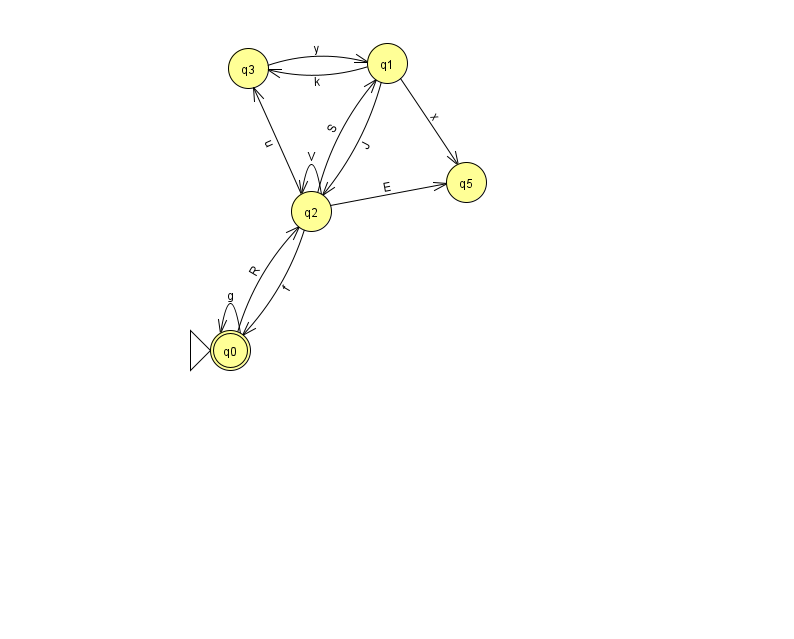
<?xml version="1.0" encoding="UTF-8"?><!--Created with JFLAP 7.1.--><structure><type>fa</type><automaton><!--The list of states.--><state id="0" name="q0"><x>230.0</x><y>337.0</y><initial/><final/></state><state id="1" name="q1"><x>387.0</x><y>50.0</y></state><state id="2" name="q2"><x>311.0</x><y>198.0</y></state><state id="3" name="q3"><x>248.0</x><y>55.0</y></state><state id="5" name="q5"><x>466.0</x><y>169.0</y></state><!--The list of transitions.--><transition><from>1</from><to>2</to><read>J</read></transition><transition><from>2</from><to>5</to><read>E</read></transition><transition><from>1</from><to>5</to><read>x</read></transition><transition><from>2</from><to>2</to><read>V</read></transition><transition><from>0</from><to>0</to><read>g</read></transition><transition><from>1</from><to>3</to><read>k</read></transition><transition><from>2</from><to>0</to><read>f</read></transition><transition><from>2</from><to>1</to><read>S</read></transition><transition><from>3</from><to>1</to><read>y</read></transition><transition><from>0</from><to>2</to><read>R</read></transition><transition><from>2</from><to>3</to><read>u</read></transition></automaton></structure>